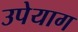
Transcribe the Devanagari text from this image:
उपेयाग